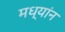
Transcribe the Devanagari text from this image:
मध्यांन